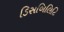
ડિસબિલિટિ